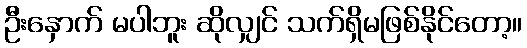
ဦးနှောက် မပါဘူး ဆိုလျှင် သက်ရှိမဖြစ်နိုင်တော့။